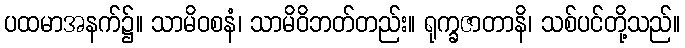
ပထမာအနက်၌။ သာမိဝစနံ၊ သာမိဝိဘတ်တည်း။ ရုက္ခဇာတာနိ၊ သစ်ပင်တို့သည်။